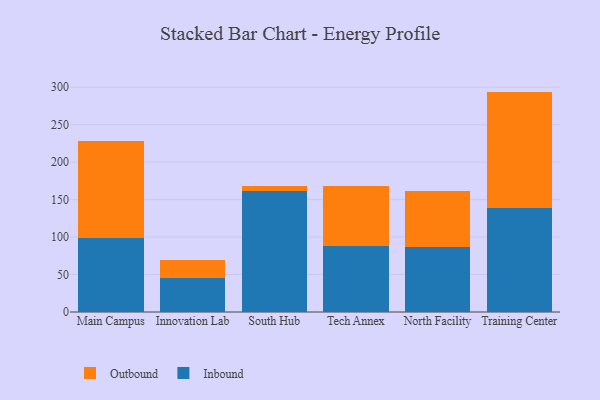
{"axis": {"x": "Campus", "y": "Latency (ms)"}, "legend": ["Inbound", "Outbound"], "data": [{"x": "Main Campus", "y": 99.2, "type": "Inbound"}, {"x": "Main Campus", "y": 128.9, "type": "Outbound"}, {"x": "Innovation Lab", "y": 45.7, "type": "Inbound"}, {"x": "Innovation Lab", "y": 23.2, "type": "Outbound"}, {"x": "South Hub", "y": 161.4, "type": "Inbound"}, {"x": "South Hub", "y": 6.8, "type": "Outbound"}, {"x": "Tech Annex", "y": 88.6, "type": "Inbound"}, {"x": "Tech Annex", "y": 80.0, "type": "Outbound"}, {"x": "North Facility", "y": 86.2, "type": "Inbound"}, {"x": "North Facility", "y": 74.8, "type": "Outbound"}, {"x": "Training Center", "y": 138.9, "type": "Inbound"}, {"x": "Training Center", "y": 155.3, "type": "Outbound"}]}